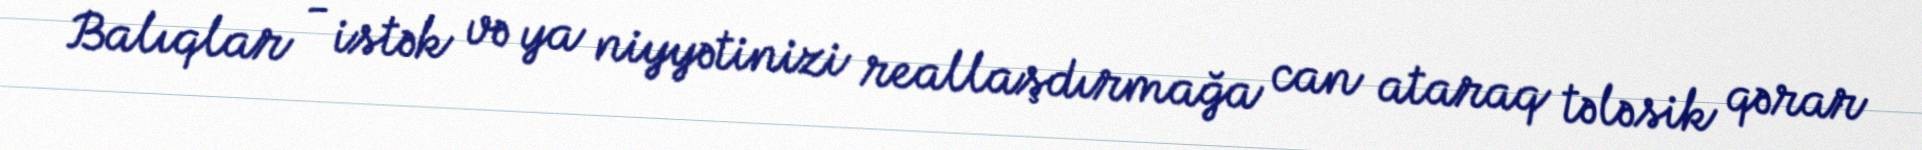
Balıqlar - istək və ya niyyətinizi reallaşdırmağa can ataraq tələsik qərar